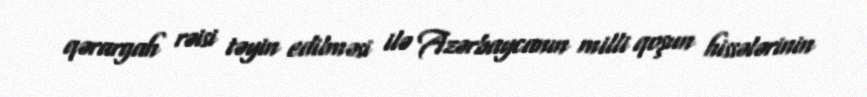
qərargah rəisi təyin edilməsi ilə Azərbaycanın milli qoşun hissələrinin